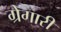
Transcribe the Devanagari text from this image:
ग्रेगारी